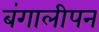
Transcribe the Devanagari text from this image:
बंगालीपन